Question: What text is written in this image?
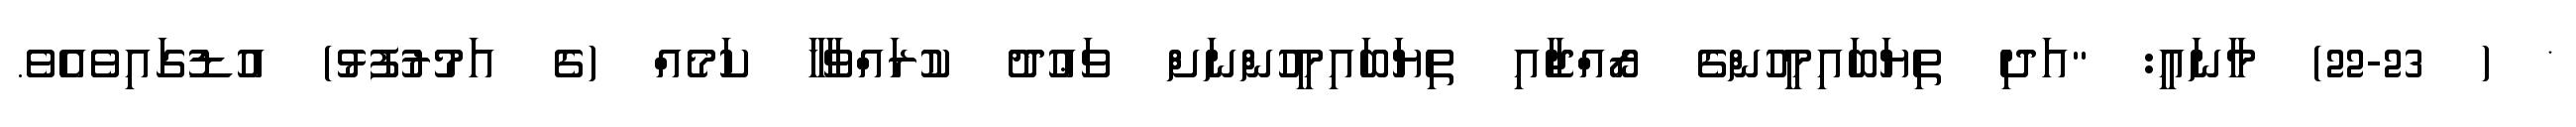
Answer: * ( 22-23) މާނައީ: "އަދި ތިޔަބައިމީހުންގެ ރޯއްޖާއި ތިޔަބައިމީހުންނަށް ވަޢުދު ކުރައްވާހާ ކަމެއް (ގެ އަމުރުފުޅު) އުޑުގައިވެއެވެ.